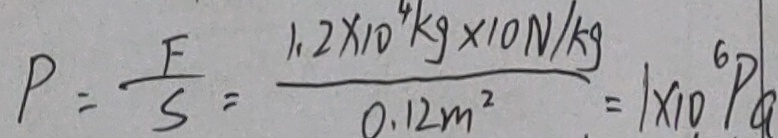
P = \frac { F } { S } = \frac { 1 . 2 \times 1 0 ^ { 4 } k g \times 1 0 N / k g } { 0 . 1 2 m ^ { 2 } } = 1 \times 1 0 ^ { 6 } P a